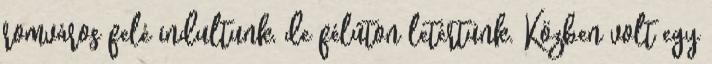
romváros felé indultunk, de félúton letértünk. Közben volt egy